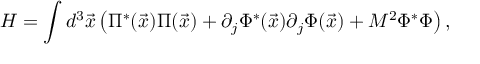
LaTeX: { \cal H } = \int d ^ { 3 } { \vec { x } } \left( \Pi ^ { * } ( { \vec { x } } ) \Pi ( { \vec { x } } ) + \partial _ { j } \Phi ^ { * } ( { \vec { x } } ) \partial _ { j } \Phi ( { \vec { x } } ) + M ^ { 2 } \Phi ^ { * } \Phi \right) ,